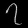
Digit: ၇